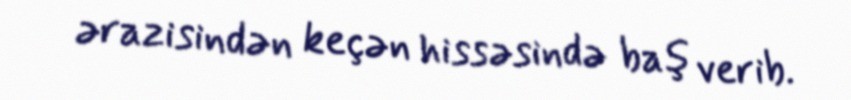
ərazisindən keçən hissəsində baş verib.